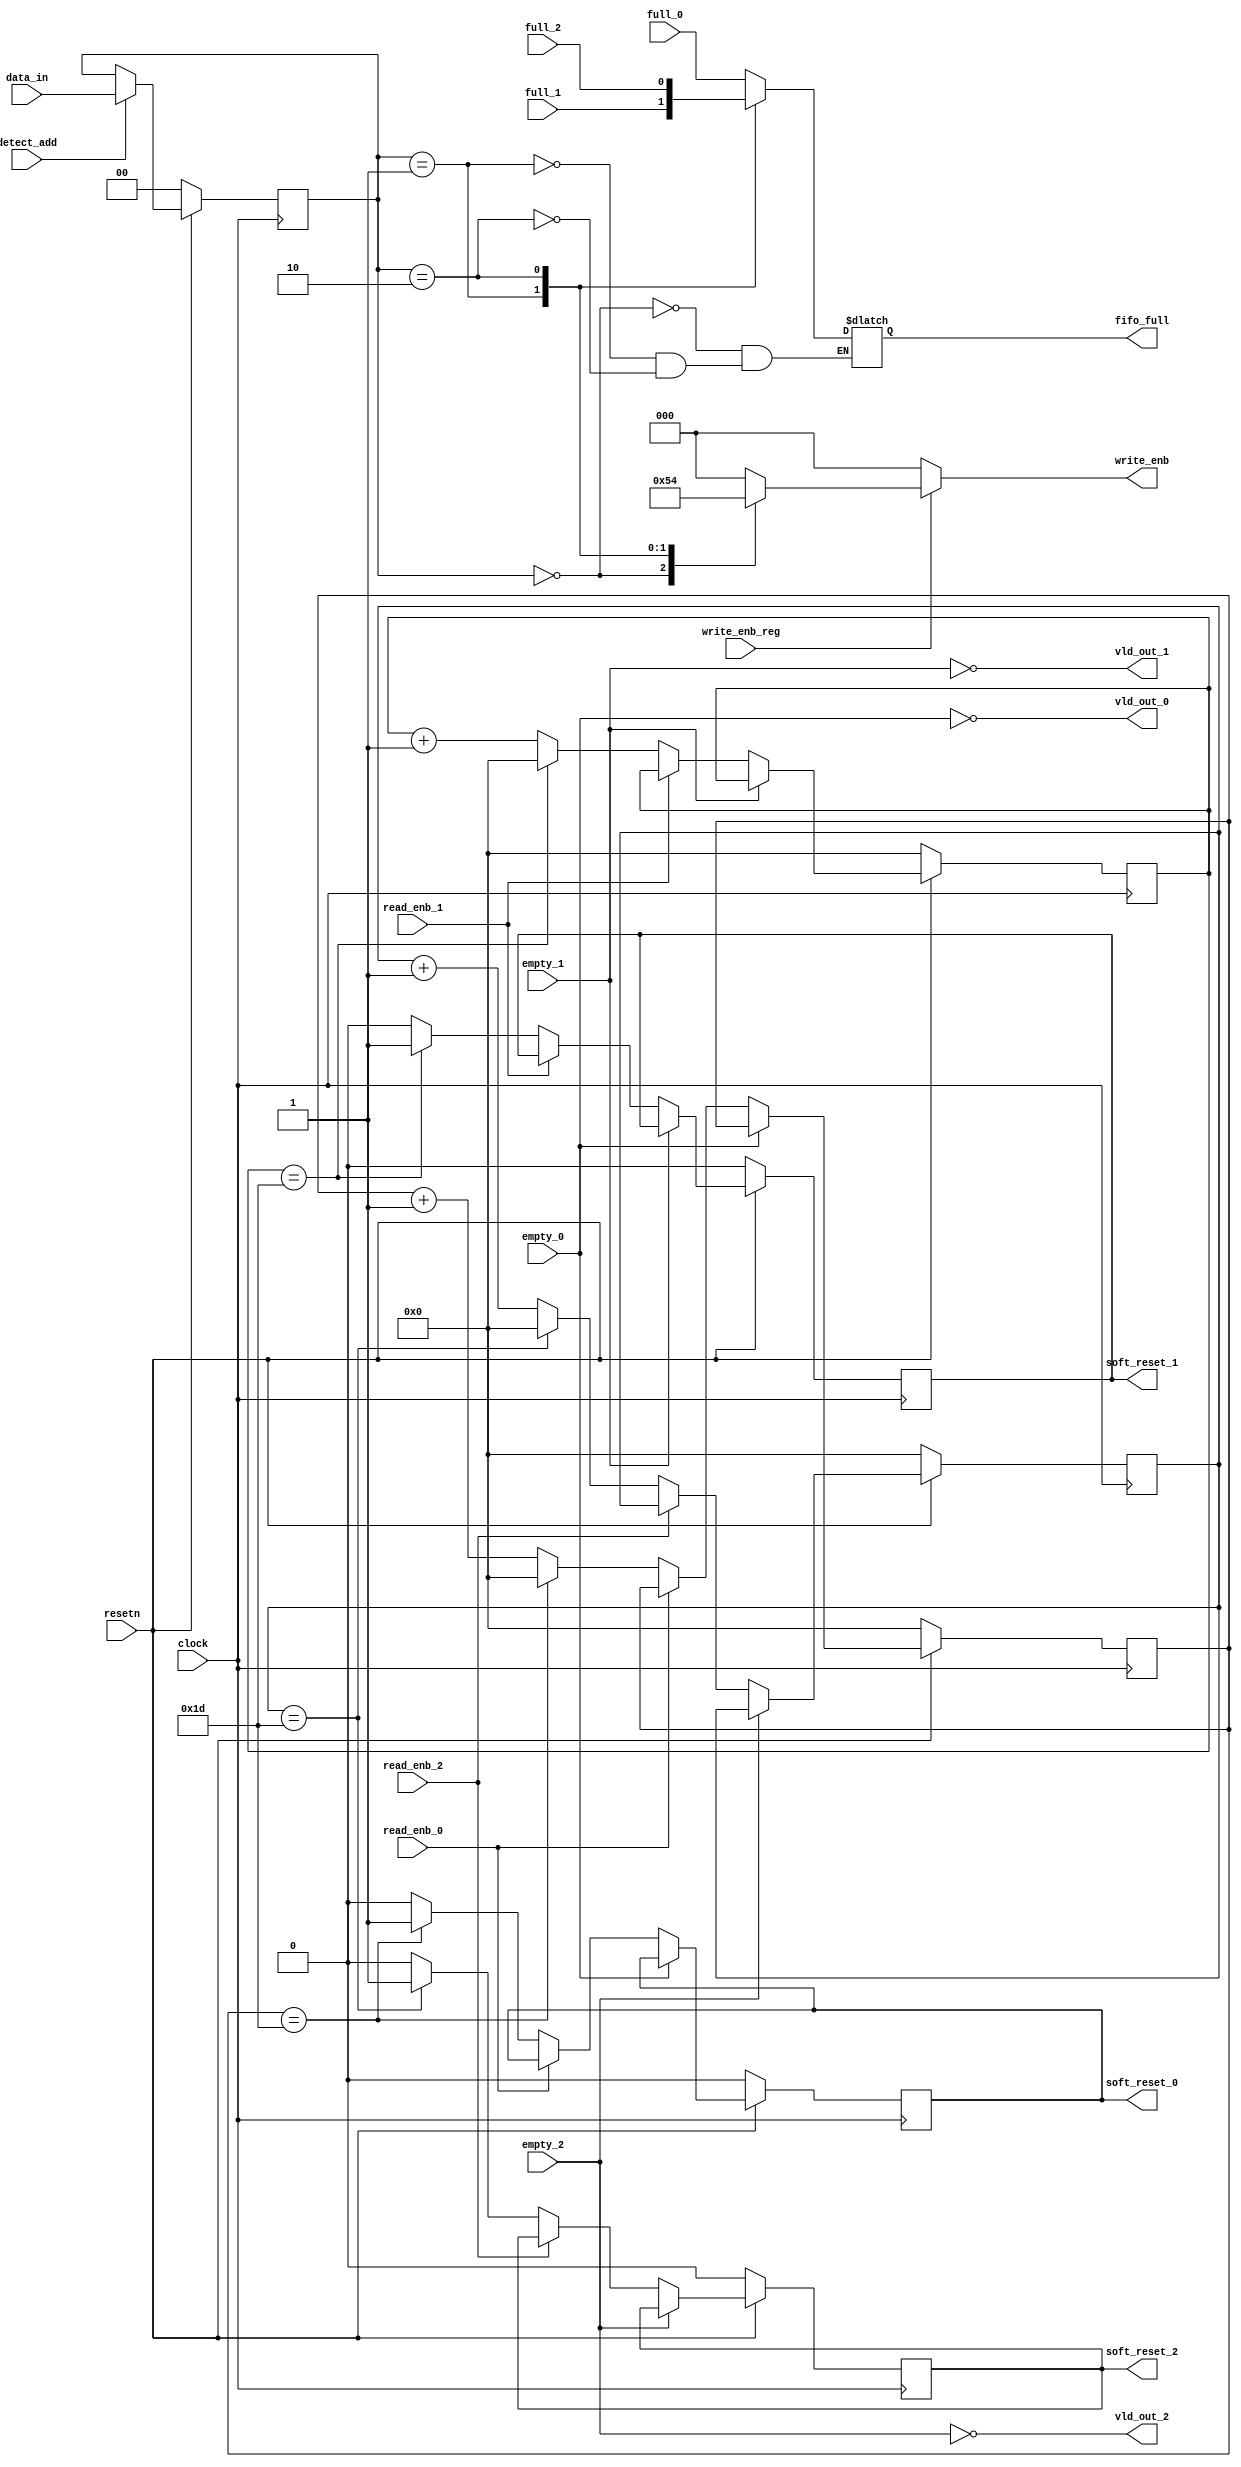
module router_sync(clock,resetn,read_enb_0,read_enb_1,read_enb_2,write_enb_reg,detect_add,data_in,empty_0,empty_1,empty_2,full_0,full_1,full_2,soft_reset_0,soft_reset_1,soft_reset_2,write_enb,fifo_full,vld_out_0,vld_out_1,vld_out_2);
input clock,resetn,read_enb_0,read_enb_1,read_enb_2,write_enb_reg,detect_add,empty_0,empty_1,empty_2,full_0,full_1,full_2;
input [1:0]data_in;
output reg soft_reset_0,soft_reset_1,soft_reset_2,fifo_full;
output reg [2:0]write_enb;
output vld_out_0,vld_out_1,vld_out_2;
reg [1:0]temp_reg;
reg [5:0] timer0,timer1,timer2;

always@(posedge clock)
begin
if(~resetn)
temp_reg<=0;
else if(detect_add)
temp_reg<=data_in;
end

always@(*)
begin
if(write_enb_reg)
begin
case(temp_reg)
2'b00:write_enb<=3'b001;
2'b01:write_enb<=3'b010;
2'b10:write_enb<=3'b100;
default:write_enb<=3'b000;
endcase
end
else
write_enb<=3'b000;
end

always@(*)
begin
case(temp_reg)
2'b00:fifo_full<=full_0;
2'b01:fifo_full<=full_1;
2'b10:fifo_full<=full_2;
endcase
end

assign vld_out_0=!(empty_0);
assign vld_out_1=!(empty_1);
assign vld_out_2=!(empty_2);

always@(posedge clock)
begin
if(~resetn)
begin
timer0<=0;
soft_reset_0<=0;
end
else if(vld_out_0)
begin
if((!read_enb_0))
begin
if(timer0==6'd29)
begin
soft_reset_0<=1;
timer0<=0;
end
else 
begin
timer0<=timer0+1'b1;
soft_reset_0<=0;
end
end
end
end

always@(posedge clock)
begin
if(~resetn)
begin
timer1<=0;
soft_reset_1<=0;
end
else if(vld_out_1)
begin
if((!read_enb_1))
begin
if(timer1==6'd29)
begin
soft_reset_1<=1;
timer1<=0;
end
else 
begin
timer1<=timer1+1'b1;
soft_reset_1<=0;
end
end
end
end

always@(posedge clock)
begin
if(~resetn)
begin
timer2<=0;
soft_reset_2<=0;
end
else if(vld_out_2)
begin
if((!read_enb_2))
begin
if(timer2==6'd29)
begin
soft_reset_2<=1;
timer2<=0;
end
else 
begin
timer2<=timer2+1'b1;
soft_reset_2<=0;
end
end
end
end

endmodule